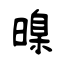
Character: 暞